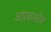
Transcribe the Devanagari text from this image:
अप्रकाशीत